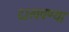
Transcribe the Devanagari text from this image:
दाखवण्या